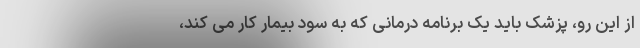
از این رو، پزشک باید یک برنامه درمانی که به سود بیمار کار می کند،